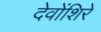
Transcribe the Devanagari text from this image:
देवोंशिरे